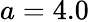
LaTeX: a=4.0